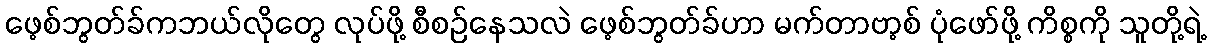
ဖေ့စ်ဘွတ်ခ်ကဘယ်လိုတွေ လုပ်ဖို့ စီစဉ်နေသလဲ ဖေ့စ်ဘွတ်ခ်ဟာ မက်တာဗာ့စ် ပုံဖော်ဖို့ ကိစ္စကို သူတို့ရဲ့